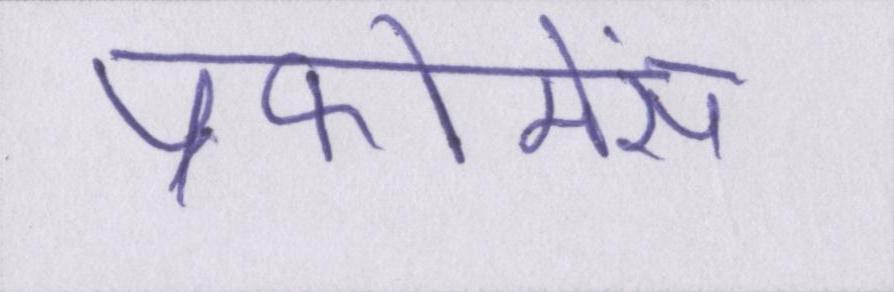
प्रफोमेंस